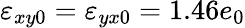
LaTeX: \varepsilon_{xy0}=\varepsilon_{yx0}=1.46e_{0}